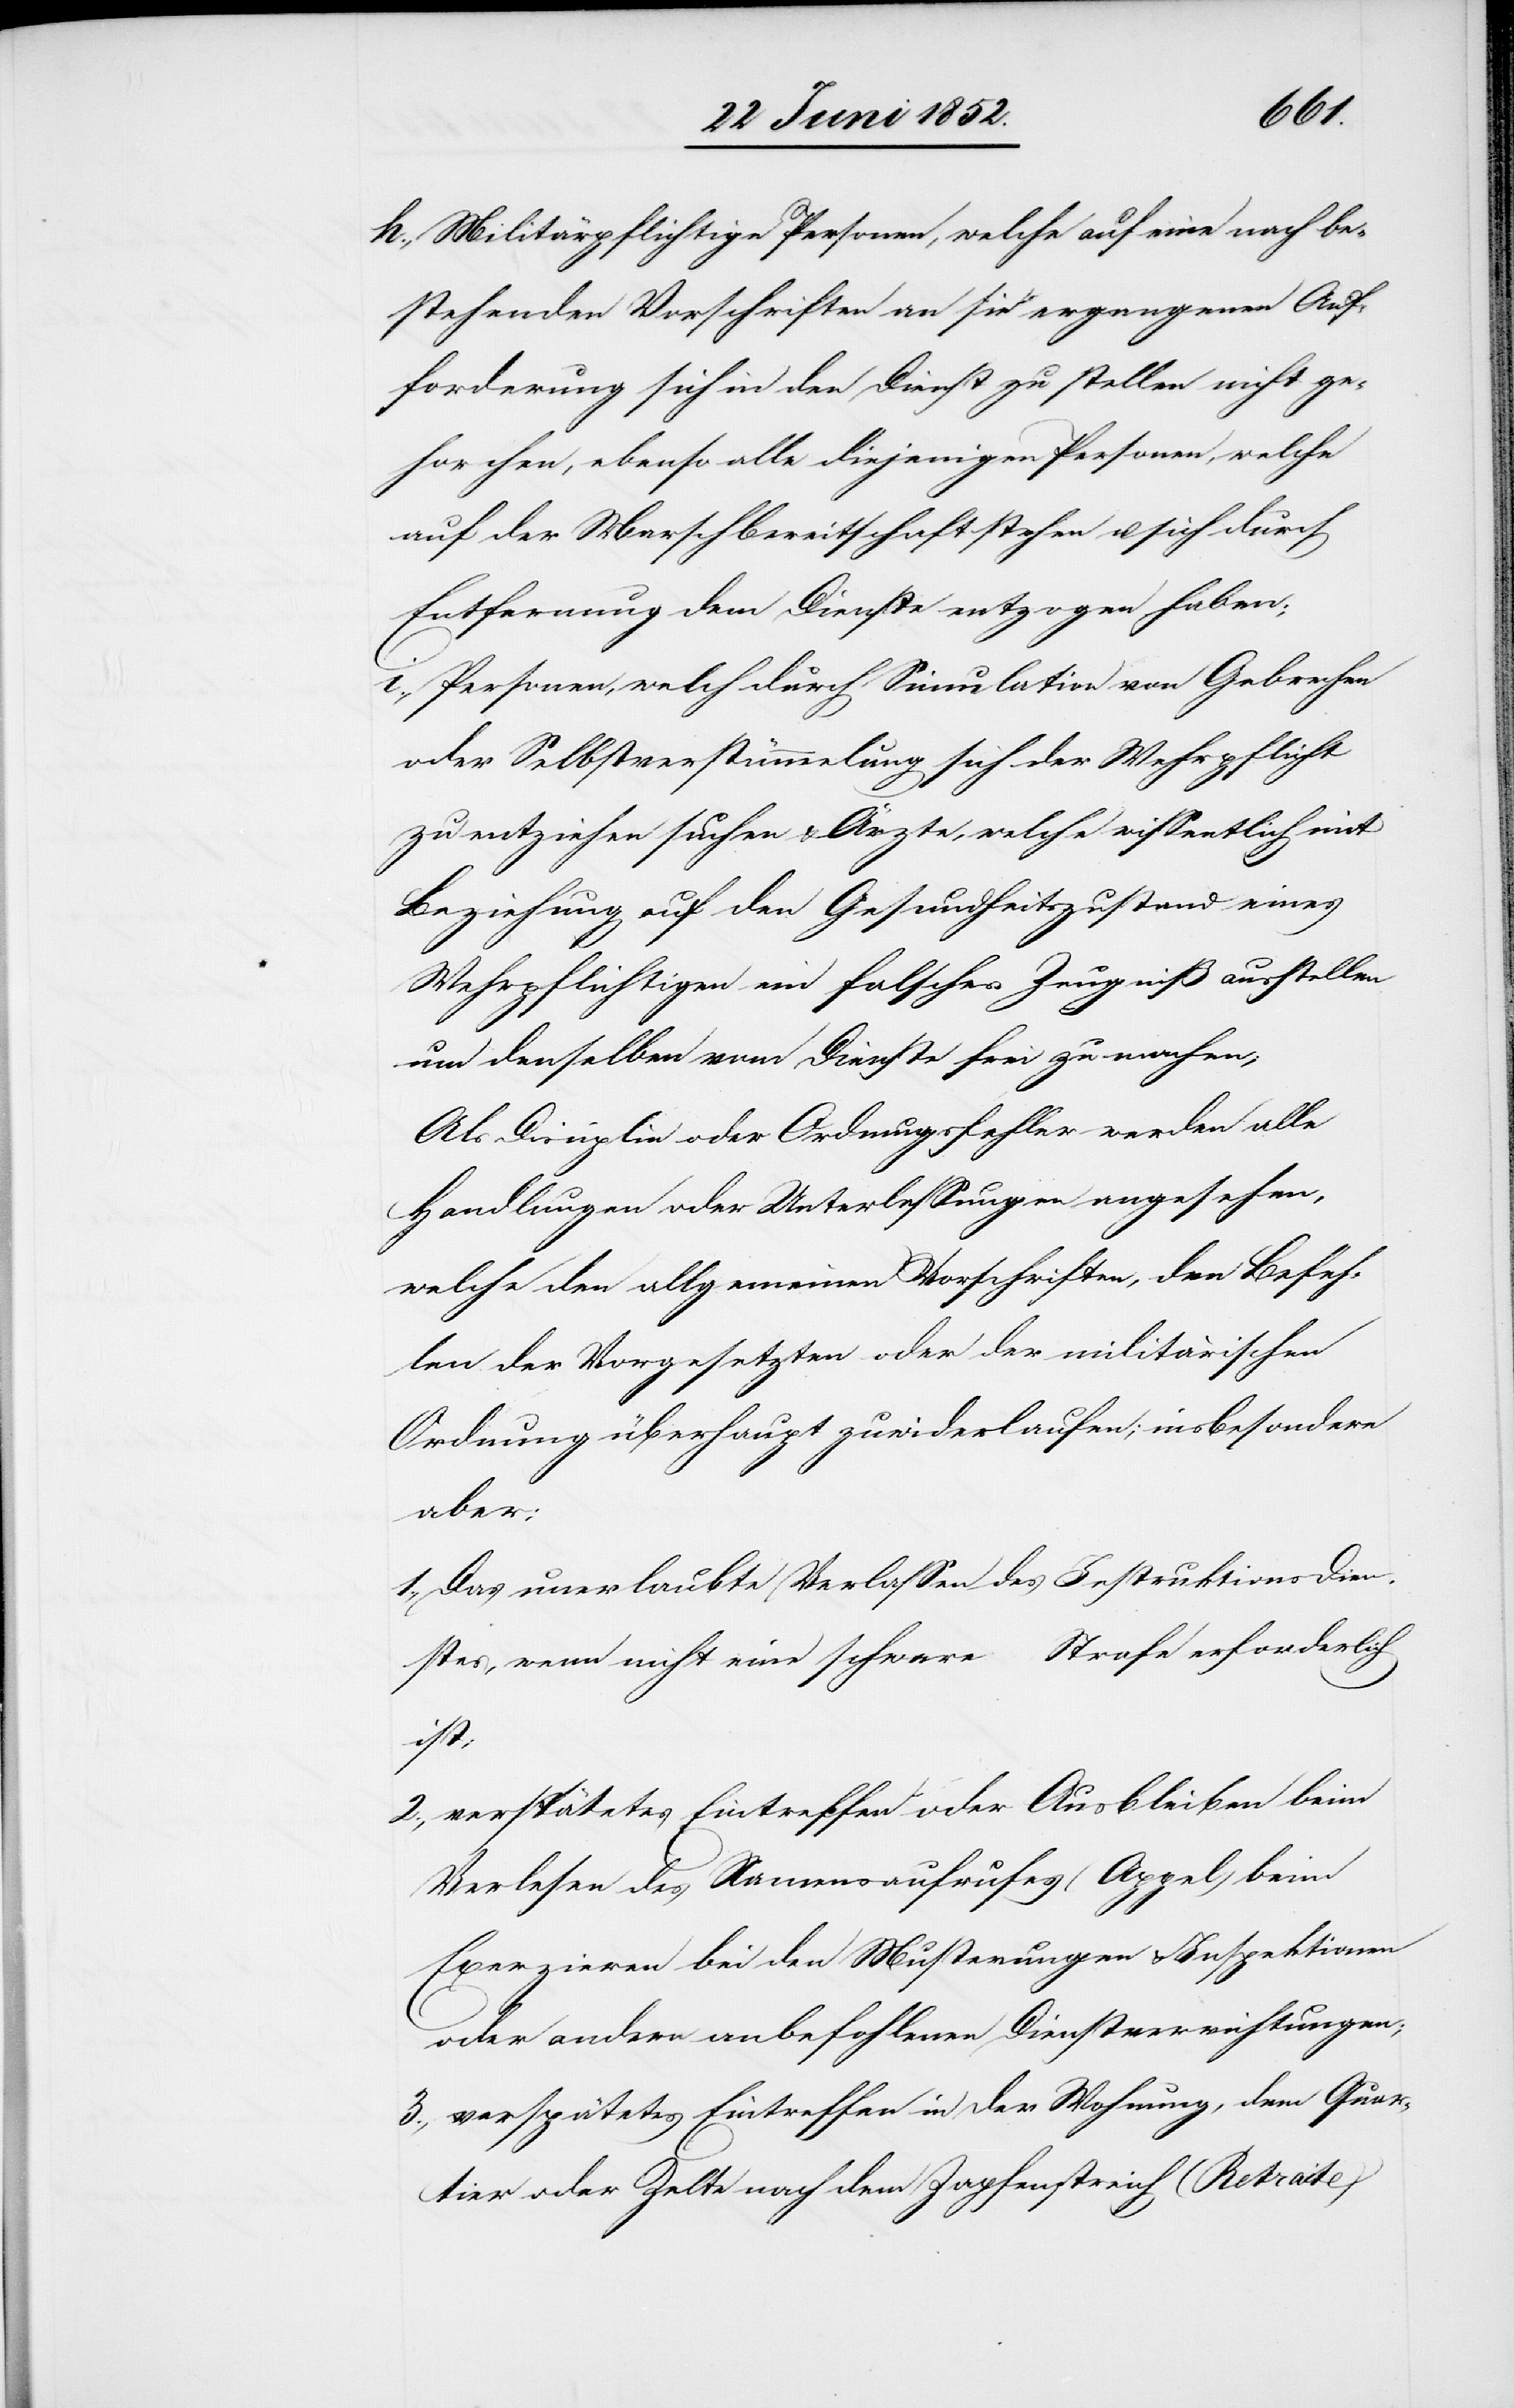
Militärpflichtige Personen, welche auf eine nach be¬
stehenden Vorschriften an sie ergangenen Auf¬
forderung sich in den Dienst zu stellen nicht ge¬
horchen, ebenso alle diejenigen Personen, welche
auf der Marschbereitschaft stehen u. sich durch
Entfernung dem Dienste entzogen haben;
Personen, welch[e] durch Simulation von Gebrechen
oder Selbstverstümmelung sich der Wehrpflicht
zu entziehen suchen & Ärzte, welche wissentlich mit
Beziehung auf den Gesundheitszustand eines
Wehrpflichtigen ein falsches Zeugniß ausstellen
um denselben vom Dienste frei zu machen;
Als Disciplin oder Ordnungsfehler werden alle
Handlungen oder Unterlassungen angesehen,
welche den allgemeinen Vorschriften, den Befeh¬
len der Vorgesetzten oder der militärischen
Ordnung überhaupt zuwiderlaufen; insbesondere
aber:
Das unerlaubte Verlassen des Instruktionsdien¬
stes, wenn nicht eine schwere Strafe erforderlich
ist;
verspätetes Eintreffen oder Ausbleiben beim
Verlesen des Namensaufrufes (Appel)[,] beim
Exerzieren[,] bei den Musterungen & Inspektionen
oder andern anbefohlenen Dienstverrichtungen;
verspätetes Eintreffen in der Wohnung, dem Quar¬
tier oder Zelte nach dem Zapfenstreich (Retraite)